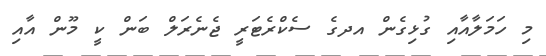
މި ހަމަލާއާއި ގުޅިގެން އދގެ ސެކްރެޓަރީ ޖެނެރަލް ބަން ކީ މޫން އާއި